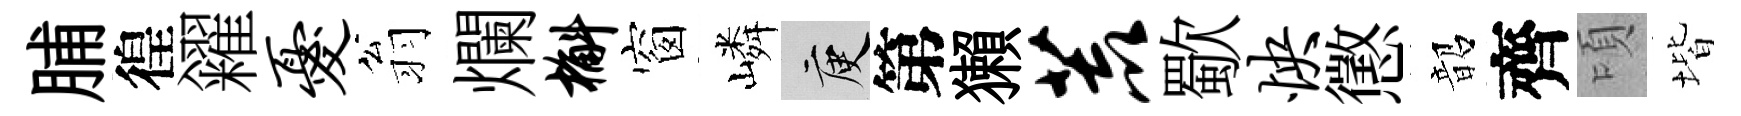
脯徨糴忧翁爛槲窗嶙庾第獺荒歜怏懲韶齊頃堦